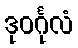
ဒုဝင်္ဂုလံ